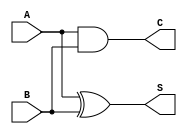
module half_adder (
    input wire A,      // First input bit
    input wire B,      // Second input bit
    output wire S,     // Sum output
    output wire C      // Carry output
);

// Sum output using XOR operation
assign S = A ^ B;

// Carry output using AND operation
assign C = A & B;

endmodule